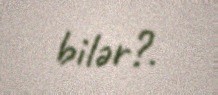
bilər?.